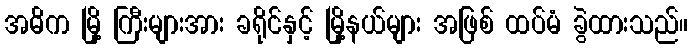
အဓိက မြို့ ကြီးများအား ခရိုင်နှင့် မြို့နယ်များ အဖြစ် ထပ်မံ ခွဲထားသည်။